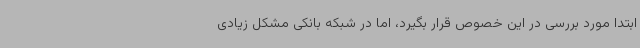
ابتدا مورد بررسی در این خصوص قرار بگیرد، اما در شبکه بانکی مشکل زیادی